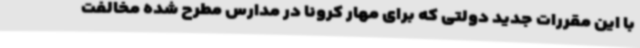
با این مقررات جدید دولتی که برای مهار کرونا در مدارس مطرح شده مخالفت